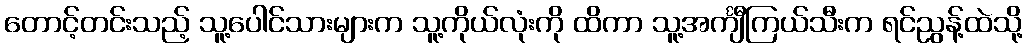
တောင့်တင်းသည့် သူ့ပေါင်သားများက သူ့ကိုယ်လုံးကို ထိကာ သူ့အင်္ကျီကြယ်သီးက ရင်ညွန့်ထဲသို့